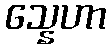
သ္နေဟာ